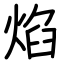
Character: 焰